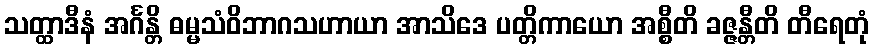
သတ္ထာဒီနံ အင်္ဂန္တိ ဓမ္မသံဝိဘာဂသဟာယာ အာသိဒေ ပတ္တိကာယော အစ္စီတိ ခဇ္ဇန္တီတိ တီရေတုံ